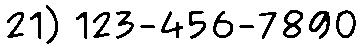
21) 123-456-7890